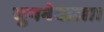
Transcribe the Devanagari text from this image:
सुननेवाला।